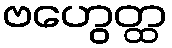
ဗဟွေတ္ထ